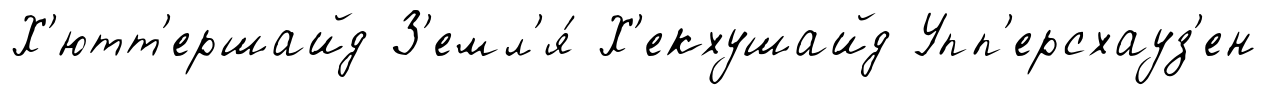
Х'ютт'ершайд З'емл'я́ Х'екхушайд Упп'ерсхауз'ен